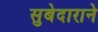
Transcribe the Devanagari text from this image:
सुबेदाराने